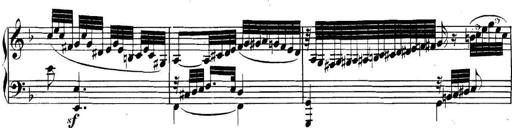
Title: Collected Piano Sonatas
Composer: Muzio Clementi